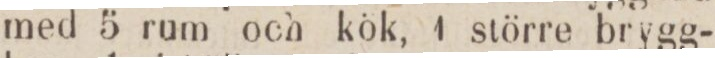
med 5 rum och kök, 1 större brygg-